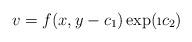
LaTeX: \begin{align*}v=f(x,y-c_1)\exp(\i c_2)\end{align*}